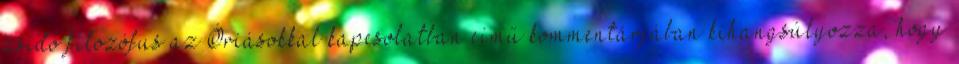
zsidó filozófus az Óriásokkal kapcsolatban című kommentárjában kihangsúlyozza, hogy